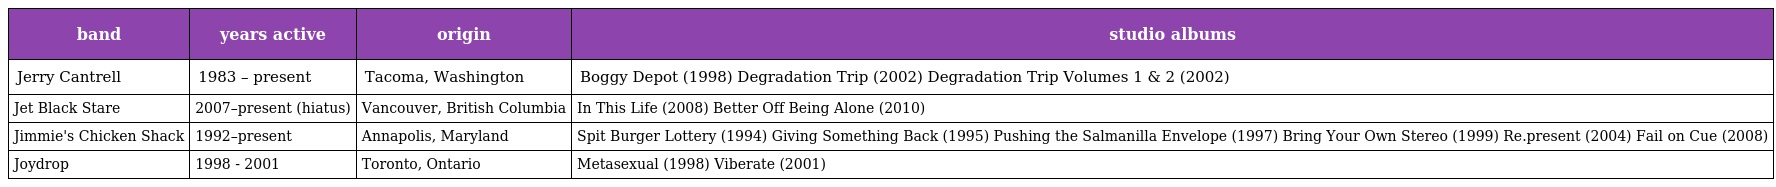
| band | years active | origin | studio albums |
 | --- | --- | --- | --- |
 | Jerry Cantrell | 1983 – present | Tacoma, Washington | Boggy Depot (1998) Degradation Trip (2002) Degradation Trip Volumes 1 & 2 (2002) |
 | Jet Black Stare | 2007–present (hiatus) | Vancouver, British Columbia | In This Life (2008) Better Off Being Alone (2010) |
 | Jimmie's Chicken Shack | 1992–present | Annapolis, Maryland | Spit Burger Lottery (1994) Giving Something Back (1995) Pushing the Salmanilla Envelope (1997) Bring Your Own Stereo (1999) Re.present (2004) Fail on Cue (2008) |
 | Joydrop | 1998 - 2001 | Toronto, Ontario | Metasexual (1998) Viberate (2001) |